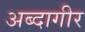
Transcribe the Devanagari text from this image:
अब्दागीर